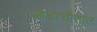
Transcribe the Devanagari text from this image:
आडाचौताल